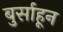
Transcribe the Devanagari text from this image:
बुर्साहून